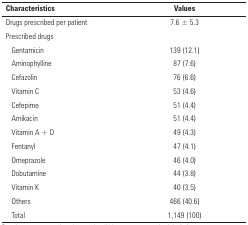
| Characteristics | Values |
 | --- | --- |
 | Drugs prescribed per patient | 7.6 ± 5.3 |
 | Prescribed drugs |  |
 | Gentamicin | 139 (12.1) |
 | Aminophylline | 87 (7.6) |
 | Cefazolin | 76 (6.6) |
 | Vitamin C | 53 (4.6) |
 | Cefepime | 51 (4.4) |
 | Amikacin | 51 (4.4) |
 | Vitamin A + D | 49 (4.3) |
 | Fentanyl | 47 (4.1) |
 | Omeprazole | 46 (4.0) |
 | Dobutamine | 44 (3.8) |
 | Vitamin K | 40 (3.5) |
 | Others | 466 (40.6) |
 | Total | 1,149 (100) |